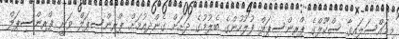
މިމައްސަލައިގާ ސްކޫލްގެ ޕްރިންސިޕަލް ފުލުހުންގެ ބެލުމުގެ ދަށަށް ގެންދިއުމަށް ޕްރިންސިޕަލް ވަނީ ޕްރިންސިޕަލް